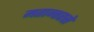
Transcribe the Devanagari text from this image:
मतान्तरसे